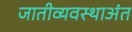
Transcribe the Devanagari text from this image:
जातीव्यवस्थाअंत